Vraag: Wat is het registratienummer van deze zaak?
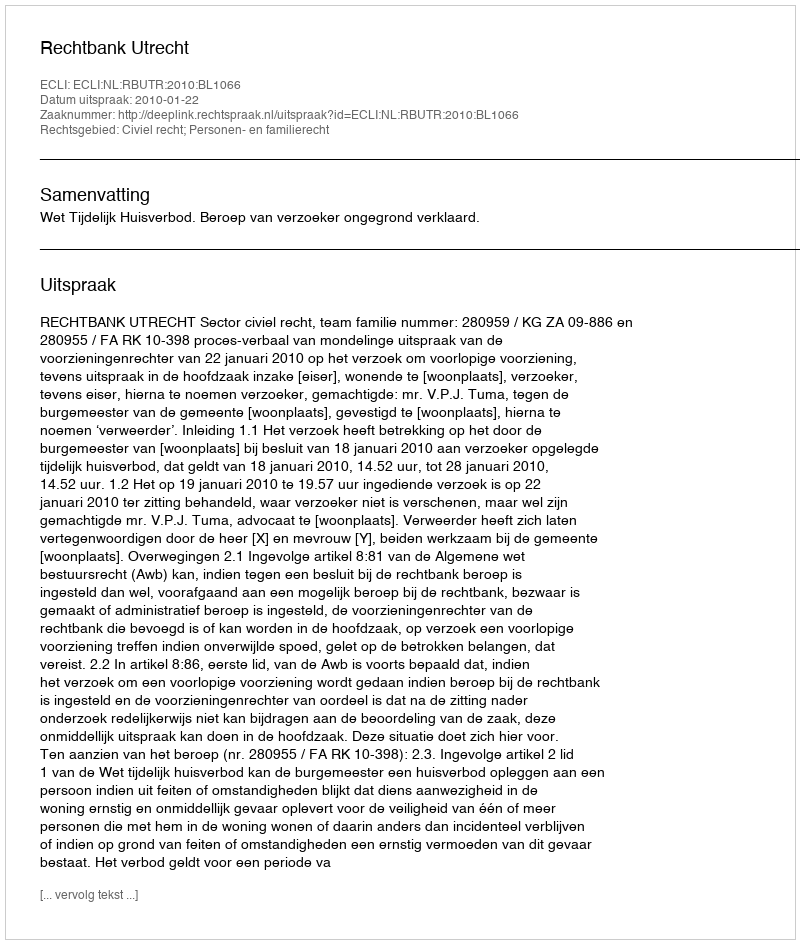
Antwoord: http://deeplink.rechtspraak.nl/uitspraak?id=ECLI:NL:RBUTR:2010:BL1066